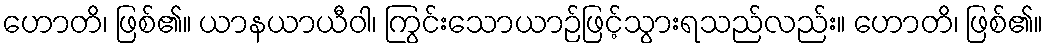
ဟောတိ၊ ဖြစ်၏။ ယာနယာယီဝါ၊ ကြွင်းသောယာဉ်ဖြင့်သွားရသည်လည်း။ ဟောတိ၊ ဖြစ်၏။